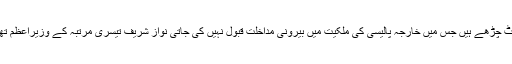
کچھ کا موقف ہے نواز شریف جنرل ایوب ،جنرل یحیی،جنرل ضیا اور جنرل مشرف کی اس سوچ کی بھینٹ چڑھے ہیں جس میں خارجہ پالیسی کی ملکیت میں بیرونی مداخلت قبول نہیں کی جاتی نواز شریف تیسری مرتبہ کے وزیراعظم تھے اور خارجہ پالیسی کی ملکیت منتخب حکومت کے دائرہ اختیار میں کرنے کی جسارت کر رہے تھے ۔